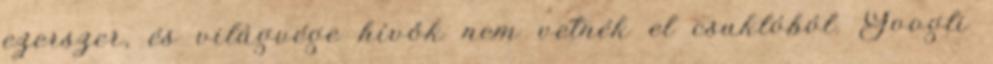
ezerszer, és világvége hívők nem vetnék el csuklóból. Googli